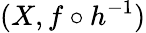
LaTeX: (X,f\circ h^{-1})